Specificity of antivenomous sera (second communication) - Number 10
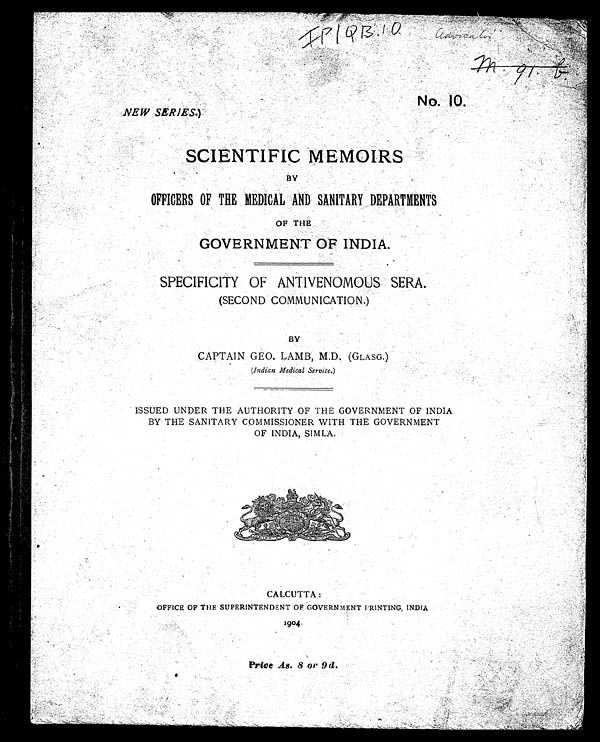
IP/QB.10
No. 10.
NEW SERIES.)
SCIENTIFIC MEMOIRS
BY
OFFICERS OF THE MEDICAL AND SANITARY DEPARTMENTS
OF THE
GOVERNMENT OF INDIA.
SPECIFICITY OF ANTIVENOMOUS SERA.
(SECOND COMMUNICATION.)
BY
CAPTAIN GEO. LAMB, M.D. (GLASG.)
(Indian Medical Service.)
ISSUED UNDER THE AUTHORITY OF THE GOVERNMENT OF INDIA
BY THE SANITARY COMMISSIONER WITH THE GOVERNMENT
OF INDIA, SIMLA.
CALCUTTA :
OFFICE OF THE SUPERINTENDENT OF GOVERNMENT PRINTING, INDIA
1904.
Price As. 8 Or 9d.